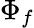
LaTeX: \Phi_{f}